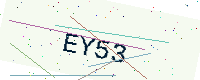
Text: EY53